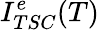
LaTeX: I_{TSC}^{e}(T)